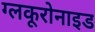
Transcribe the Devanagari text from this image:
ग्लकूरोनाइड